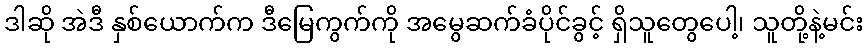
ဒါဆို အဲဒီ နှစ်ယောက်က ဒီမြေကွက်ကို အမွေဆက်ခံပိုင်ခွင့် ရှိသူတွေပေါ့၊ သူတို့နဲ့မင်း